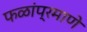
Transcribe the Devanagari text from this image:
फळांप्रमाणे